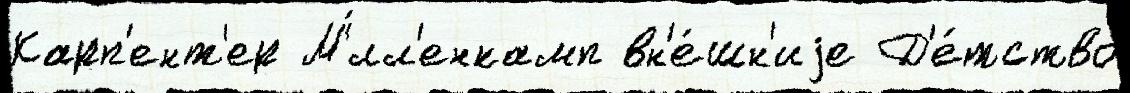
Карп'ент'ер М'́лл'енкамп вн'е́шн'иjе Д'е́тство